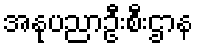
အနုပညာဦးစီးဌာန